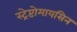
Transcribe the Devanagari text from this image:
स्ट्रेप्टोमायसिन